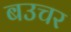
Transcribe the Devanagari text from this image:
बउचर